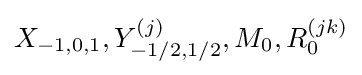
X_{-1,0,1},Y_{-1/2,1/2}^{(j)},M_{0},R_{0}^{(jk)}